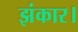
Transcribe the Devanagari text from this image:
झंकार।